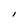
Character: l